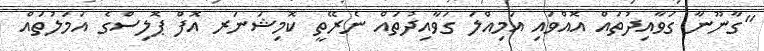
"ގާނޫނާ ގަވާއިދުތައް އޮއްވައި އަމިއްލަ ގަވާއިދުތައް ނެރޭތީ ކޮމިޝަނަރ އޮފް ޕޮލިސްގެ އަމަލުތައް